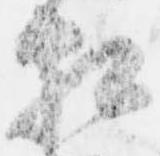
相